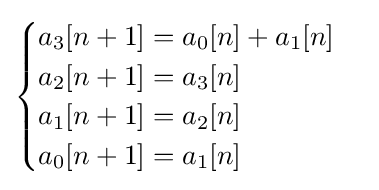
{\begin{cases}a_{3}[n+1]=a_{0}[n]+a_{1}[n]\\a_{2}[n+1]=a_{3}[n]\\a_{1}[n+1]=a_{2}[n]\\a_{0}[n+1]=a_{1}[n]\\\end{cases}}